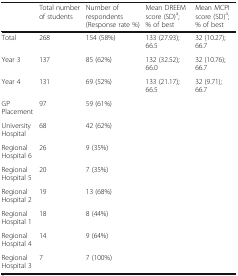
<table><thead><tr><td></td><td><b>Total number of students</b></td><td><b>Number of respondents (Response rate %)</b></td><td><b>Mean DREEM score (SD)<sup>a</sup>; % of best</b></td><td><b>Mean MCPI score (SD)<sup>a</sup>; % of best</b></td></tr></thead><tbody><tr><td>Total</td><td>268</td><td>154 (58%)</td><td>133 (27.93); 66.5</td><td>32 (10.27); 66.7</td></tr><tr><td>Year 3</td><td>137</td><td>85 (62%)</td><td>132 (32.52); 66.0</td><td>32 (10.76); 66.7</td></tr><tr><td>Year 4</td><td>131</td><td>69 (52%)</td><td>133 (21.17); 66.5</td><td>32 (9.71); 66.7</td></tr><tr><td>GP Placement</td><td>97</td><td>59 (61%)</td><td rowspan="8"></td><td rowspan="8"></td></tr><tr><td>University Hospital</td><td>68</td><td>42 (62%)</td></tr><tr><td>Regional Hospital 6</td><td>26</td><td>9 (35%)</td></tr><tr><td>Regional Hospital 5</td><td>20</td><td>7 (35%)</td></tr><tr><td>Regional Hospital 2</td><td>19</td><td>13 (68%)</td></tr><tr><td>Regional Hospital 1</td><td>18</td><td>8 (44%)</td></tr><tr><td>Regional Hospital 4</td><td>14</td><td>9 (64%)</td></tr><tr><td>Regional Hospital 3</td><td>7</td><td>7 (100%)</td></tr></tbody></table>